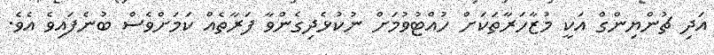
އަދި ޗުންޔިންގް އަކީ މުޒާހަރާތަކަށް ހުއްޓުވުމަށް ނުކުޅެދިގެންވާ ފަރާތެއް ކަމަށްވެސް ބުނެފައިވެ އެވެ.